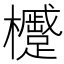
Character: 𪴢